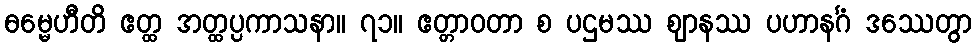
ဓမ္မေဟီတိ ဧတ္ထ အတ္ထပ္ပကာသနာ။ ၇၁။ ဧတ္တာဝတာ စ ပဌမဿ ဈာနဿ ပဟာနင်္ဂံ ဒဿေတွာ